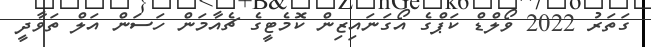
ގަތަރު 2022 ވޯލްޑް ކަޕްގެ އޯގަނައިޒިން ކޮމެޓީގެ ޗެއާމަން ހަސަން އަލް ތަވާދީ